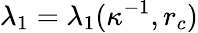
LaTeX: \lambda_{1}=\lambda_{1}(\kappa^{-1},r_{c})